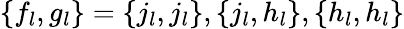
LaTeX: \{ f_{l},g_{l}\} =\{ j_{l},j_{l}\} ,\{ j_{l},h_{l}\} ,\{ h_{l},h_{l}\}